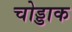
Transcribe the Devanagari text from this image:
चोड्डाक